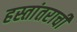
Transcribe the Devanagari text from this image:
हस्तांतराची